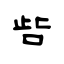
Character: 呰